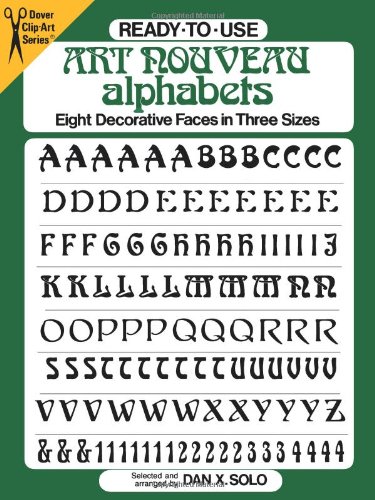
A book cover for Ready-to-Use Art Nouveau Alphabets: Eight Decorative Faces in Three Sizes (Dover Clip Art Ready-to-Use); Dan X. Solo; Arts & Photography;